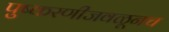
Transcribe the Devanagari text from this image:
पुष्करणीजवळूनच